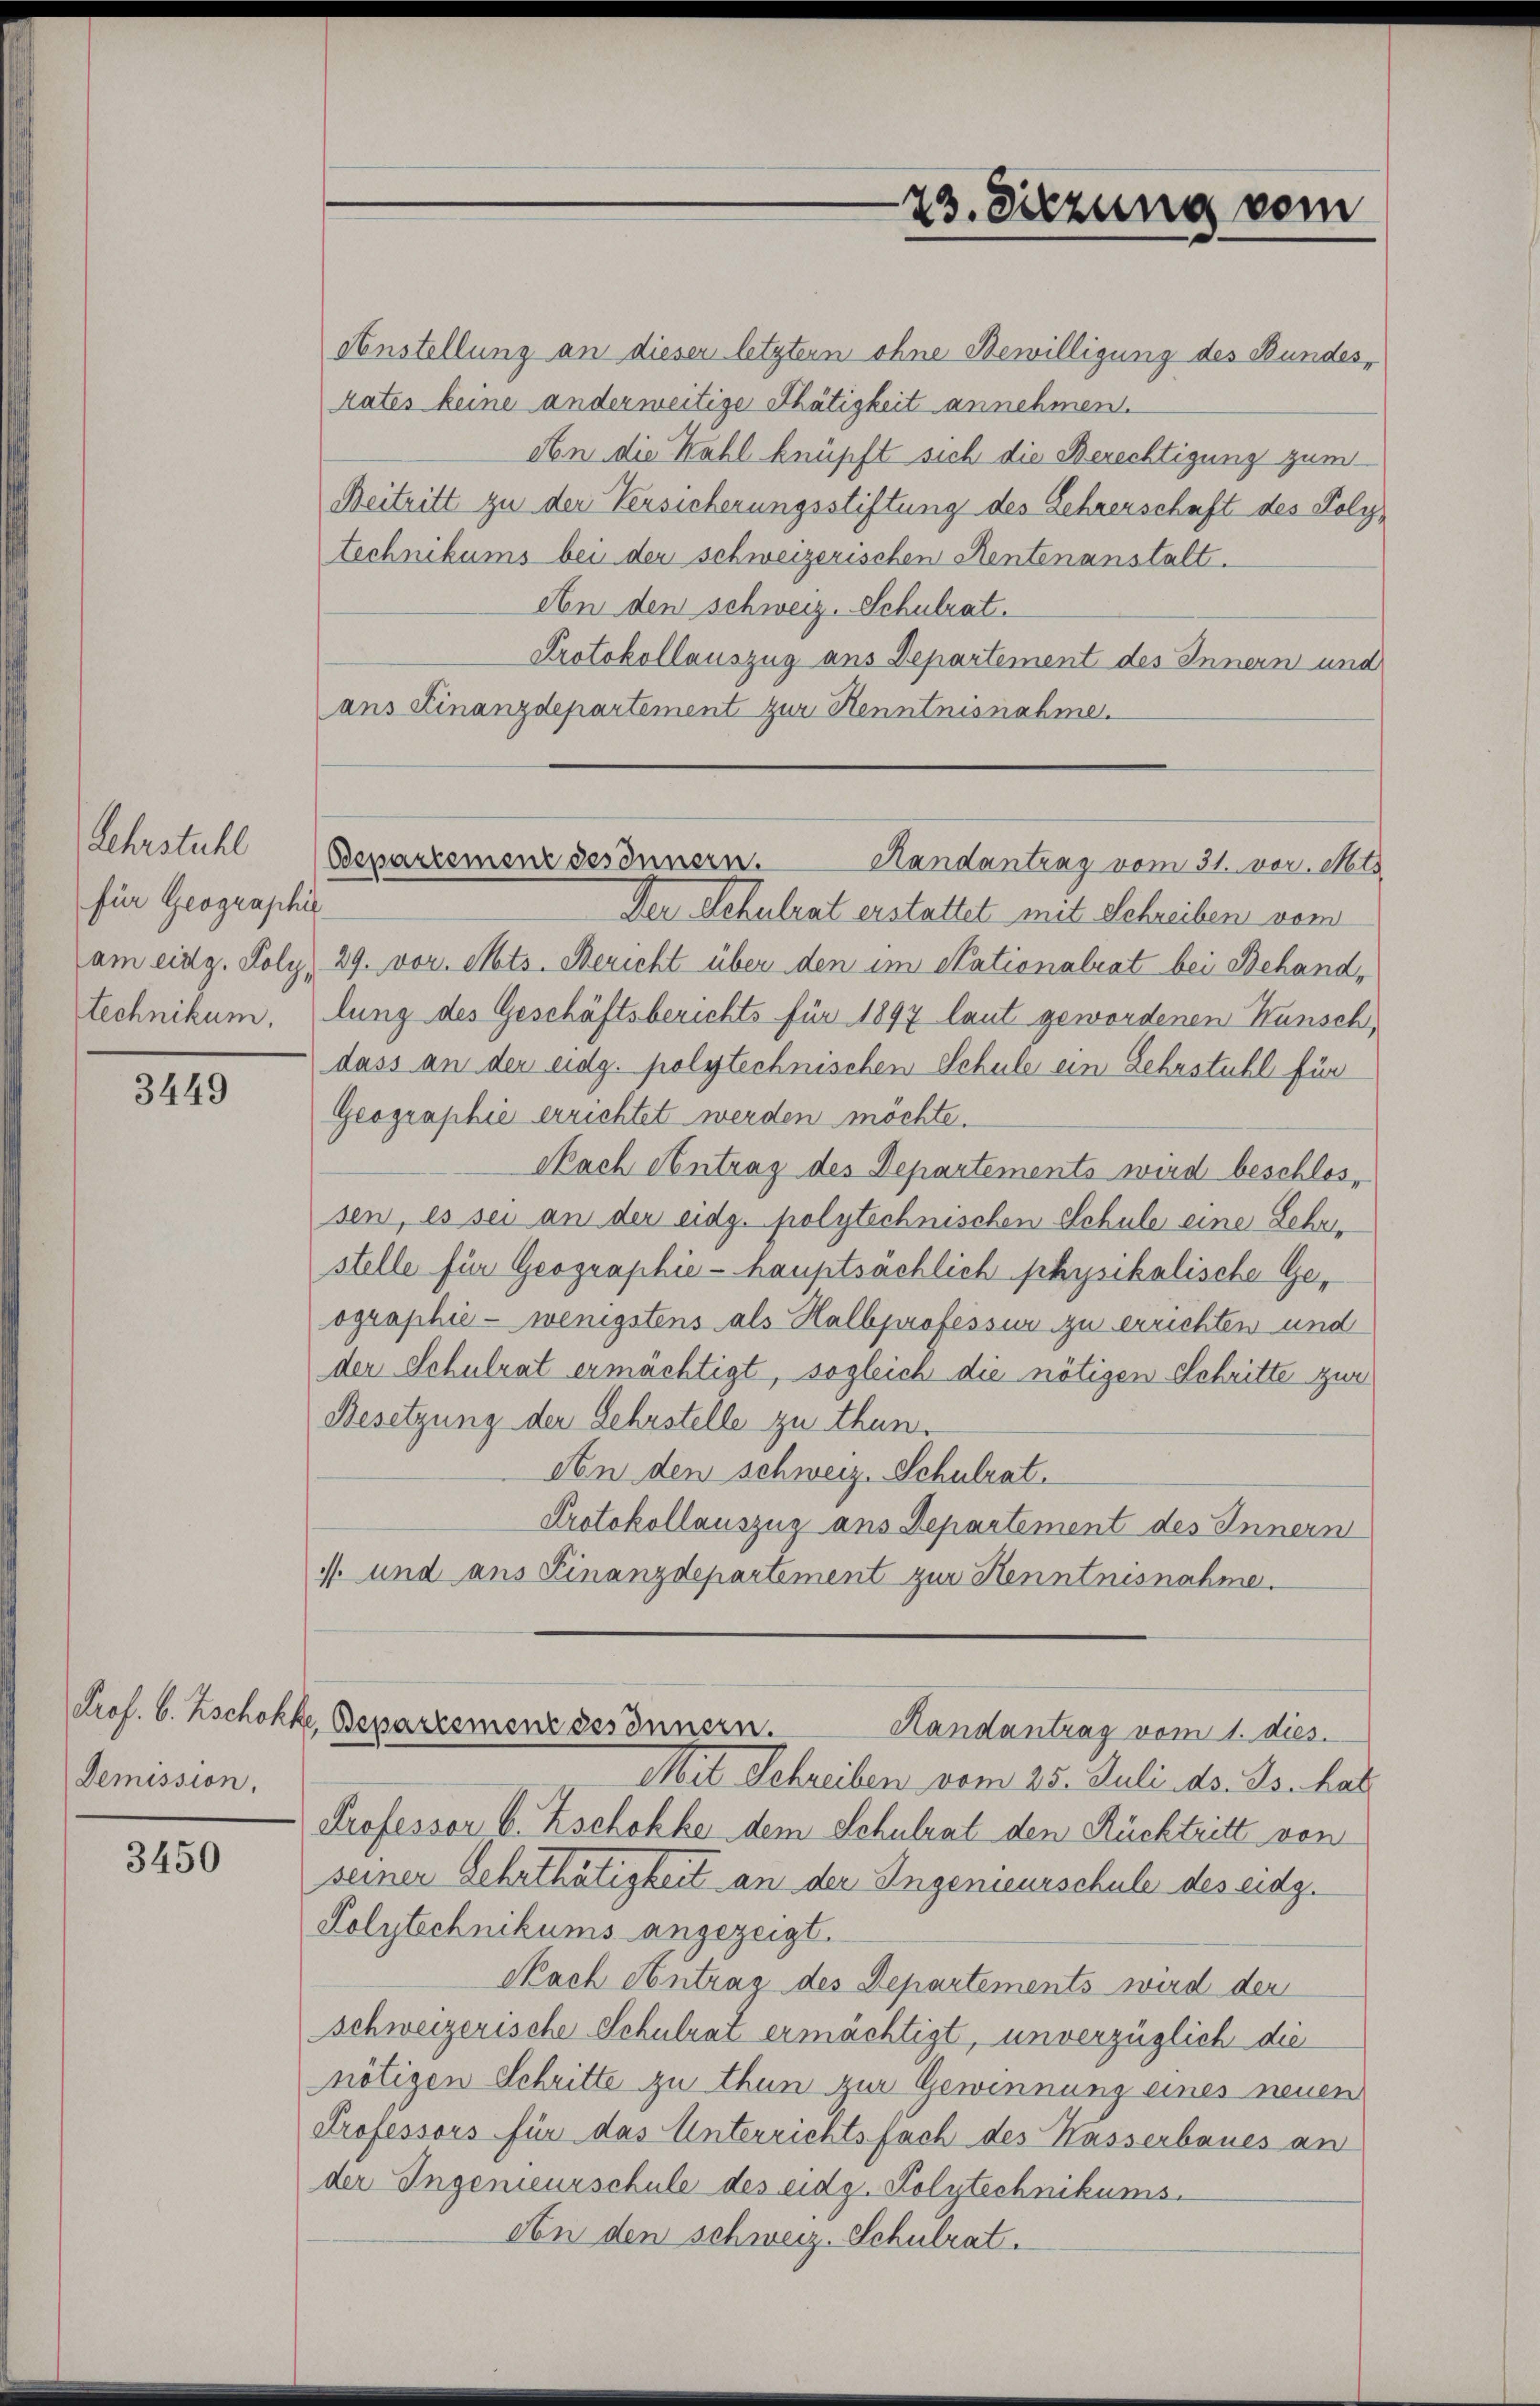
Lehrstuhl
für Geographis
am eidg. Poly
technikum.

3449

Demission.

3450

Anstellung an dieser letztern ohne Bewilligung des Bundes¬
Rates keine anderweitige Thätigkeit annehmen.
An die Wahl knüpft sich die Berechtigung zum
Beitritt zu der Versicherungsstiftung des Lehrerschaft des Polytechnikums bei der schweizerischen Rentenanstalt.
An den schweiz. Schulrat.
Protokollauszug aus Departement des Innern und
ans Finanzdepartement zur Henntnisnahme.

23. Sitzung vom

Der Schulrat erstattet mit Schreiben vom
29. vor. Mts. Bericht über den im Stationalrat bei Behandlung des Geschäftsberichts für 1897 laut gewordenen Kunsch,
dass an der eidg. polytechnischen Schule ein Lehrstuhl für
Geographie errichtet werden möchte.
Nach Antrag des Departements wird beschlossen, es sei an der eidg. polytechnischen Schule eine Lehrstelle für Geographie - hauptsächlich physikalische Geographie - wenigstens als Halbprofession zu errichten und
der Schulrat ermächtigt, sogleich die nötigen Schritte zur
Besetzung der Lehrstelle zu thun.
An den schweiz. Schulrat.
Protokollauszug aus Departement des Innern
1. und aus Finanzdepartement zur Kenntnisnahme.
Prof. C. Zschokke, Bepartemenz gesonnern.
Randantrag vom 1. dies
Mit Schreiben vom 25. Juli ds. Js. hat.
Professor C. Zschokke dem Schulrat den Rücktritt von
seiner Gehaltertheilung eine an der Ingenieurschule des eidg.
Polytechnikums angezeigt.
Nach Antrag des Departements wird der
schweizerische Schulrat ermächtigt, unverzüglich die
nötigen Schritte zu thun zur Gewinnung eines neuen
Professors für das Unterrichtsfach des Wasserbaues an
der Ingenieurschule des eidg. Polytechnikums.
An den schweiz. Schulrat.

Departement desinnern.
Handantrag vom 31. vor. Mts.